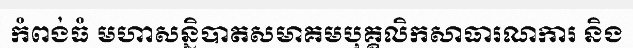
កំពង់ធំ មហាសន្និបាតសមាគមបុគ្គលិកសាធារណការ និង